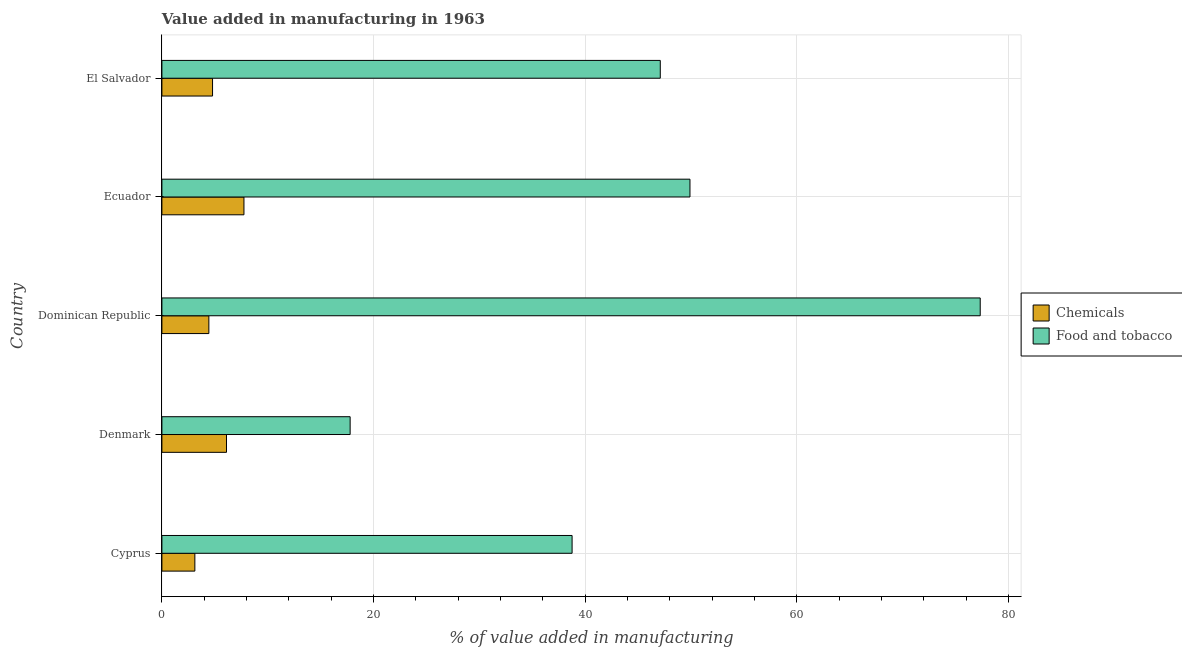
| Country | Chemicals | Food and tobacco |
 | --- | --- | --- |
 | Cyprus | 3.11 | 38.8 |
 | Denmark | 6.1 | 17.8 |
 | Dominican Republic | 4.44 | 77.3 |
 | Ecuador | 7.75 | 49.9 |
 | El Salvador | 4.78 | 47.1 |